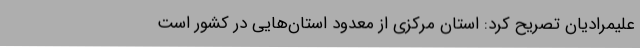
علیمرادیان تصریح کرد: استان مرکزی از معدود استان‌هایی در کشور است